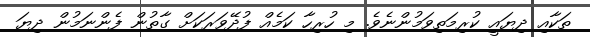
ތަކާއި ދިޔައީ ކުރިމަތިވަމުންނެވެ. މި ހުރިހާ ކަމެއް ފުދޭވަރަކަށް ގާތުން ފެންނަމުން ދިޔަ